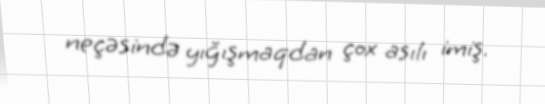
neçəsində yığışmaqdan çox asılı imiş.